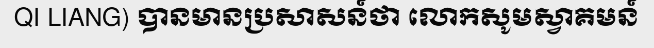
QI LIANG) បានមានប្រសាសន៍ថា លោកសូមស្វាគមន៍